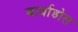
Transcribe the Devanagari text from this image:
बार्वाडोस